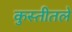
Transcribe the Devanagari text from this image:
कुस्तीतले